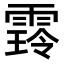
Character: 𮦜